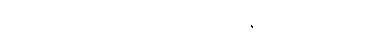
အရောဝင်လျှင် အရိုအသေတန်တတ်သူတို့မှာ